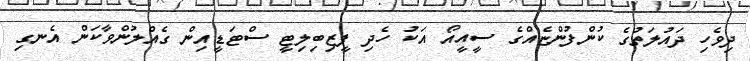
ދިވެހި ދައުލަތުގެ ކުންފުންޏެއްގެ ސީއީއޯ އަކު ހެދި ފީޒިބިލިޓީ ސްޓަޑީއިން ގެއްލުންވާކަން އެނގި